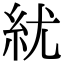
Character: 紌